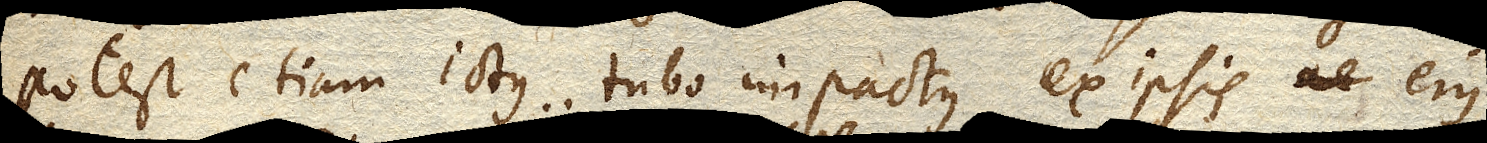
potest etiam ictus tubo impactus ex ipsis ejus